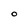
Character: O